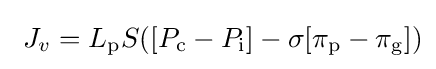
\ J_{v}=L_{\mathrm {p} }S([P_{\mathrm {c} }-P_{\mathrm {i} }]-\sigma [\pi _{\mathrm {p} }-\pi _{\mathrm {g} }])